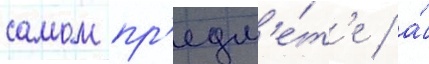
самом пр'едм'е́т'е / а́